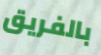
بالفريق